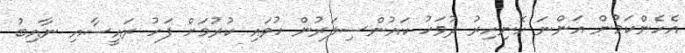
އެހެންކަމުން އަންނަ ހޮނިހިރު ދުވަހު ކައުންސިލަރުން ހުވައި ކުރުމަށް ފަހު ރައީސާއި ނާއިބު